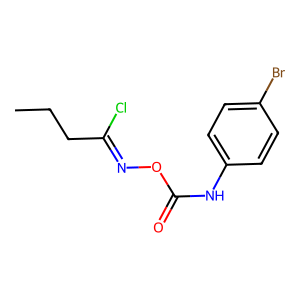
SMILES: CCCC(Cl)=NOC(=O)Nc1ccc(Br)cc1
Inhibits HIV replication: No